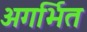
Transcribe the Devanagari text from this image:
अगर्भित